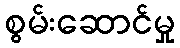
စွမ်းဆောင်မှု